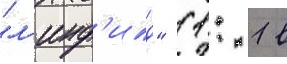
"л'инф'илд" (1: 1 в